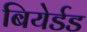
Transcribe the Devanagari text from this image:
बियेर्डड